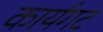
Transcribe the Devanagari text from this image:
कार्यगट